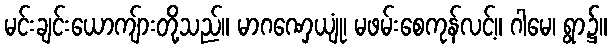
မင်းချင်းယောကျ်ားတို့သည်။ မာဂဏှေယျုံ၊ မဖမ်းစေကုန်လင့်။ ဂါမေ၊ ရွာ၌။